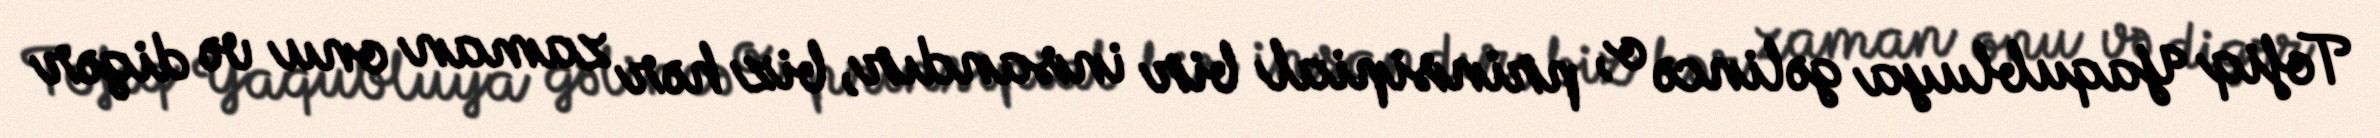
Tofiq Yaqubluya gəlincə o, prinsipial bir insandır, biz hər zaman onu və digər